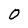
Character: 0